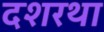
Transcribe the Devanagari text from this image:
दशरथा